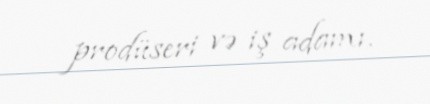
prodüseri və iş adamı.